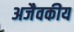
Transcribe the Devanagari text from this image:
अजैवकीय